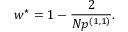
w ^ { \star } = 1 - \frac { 2 } { N p ^ { ( 1 , 1 ) } } .